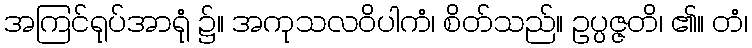
အကြင်ရုပ်အာရုံ ၌။ အကုသလဝိပါကံ၊ စိတ်သည်။ ဥပ္ပဇ္ဇတိ၊ ၏။ တံ၊